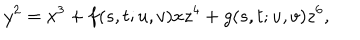
y ^ { 2 } = x ^ { 3 } + f ( s , t ; u , v ) x z ^ { 4 } + g ( s , t ; u , v ) z ^ { 6 } ,